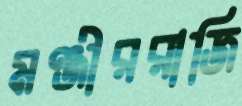
মঞ্জীররাজি